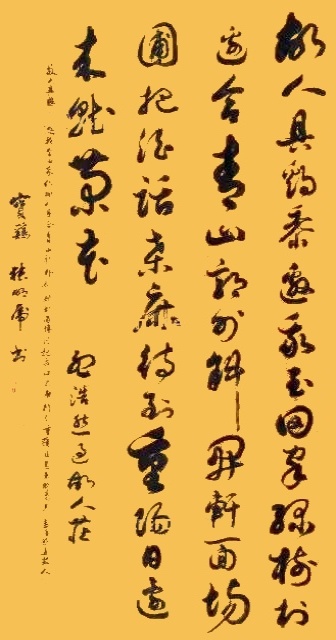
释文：故人具鸡黍，邀我至田家。绿树村边合，青山郭外斜。开轩面场圃，把酒话桑麻。待到重阳日，还来就菊花。孟浩然过故人庄画芯